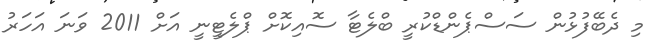
މި ދެބޭފުޅުން ސަސްޕެންޑްކުރީ ބްލެޓާ ސޮއިކޮށް ޕްލެޓީނީ އަށް 2011 ވަނަ އަހަރު